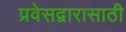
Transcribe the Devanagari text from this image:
प्रवेसद्वारासाठी